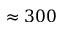
\approx 3 0 0